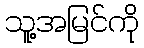
သူ့အမြင်ကို